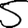
Digit: 5